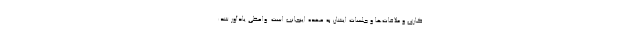
کاری و ملاقات‌ها و جلسات ایشان به عهده اینجانب است. واعظی یادآور شد: